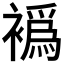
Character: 𬡮